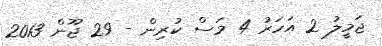
ޖަމީލު 2 އަހަރު 4 މަސް ކުރިން - 29 ޖޫން 2013